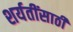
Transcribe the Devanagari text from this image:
शर्यतींसाठी